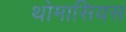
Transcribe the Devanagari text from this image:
थोमासियस